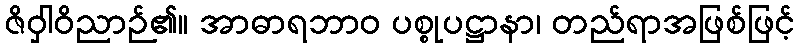
ဇိဝှါဝိညာဉ်၏။ အာဓာရဘာဝ ပစ္စုပဋ္ဌာနာ၊ တည်ရာအဖြစ်ဖြင့်